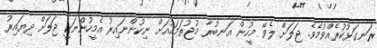
ރަނގަޅުކުރެއްވުމެވެ. ޖަލަށް ލެވޭ މީހުން އަނބުރާ މުޖުތަމައުއަށް ނިކުންނައިރު އެމީހުންނަކީ ޖަލަށް ދިޔައިރު